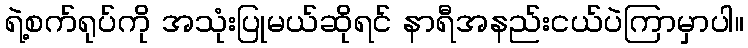
ရဲ့စက်ရုပ်ကို အသုံးပြုမယ်ဆိုရင် နာရီအနည်းငယ်ပဲကြာမှာပါ။